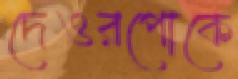
দেওরপোকে